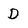
Character: D